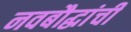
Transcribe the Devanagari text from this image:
नवबौद्धांची